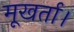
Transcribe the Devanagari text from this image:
मूखर्ता।